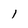
Character: 1